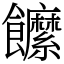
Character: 䭧